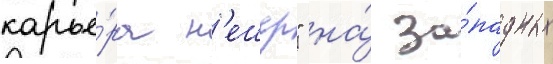
карье́ра н'ешер" на́ за́падных